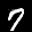
Label: 7